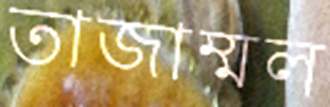
তাজাম্মল